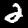
Label: 2